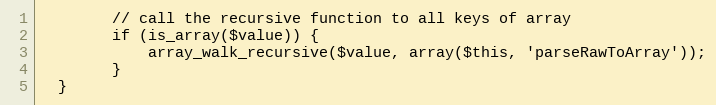
Language: PHP
        // call the recursive function to all keys of array
        if (is_array($value)) {
            array_walk_recursive($value, array($this, 'parseRawToArray'));
        }
  }